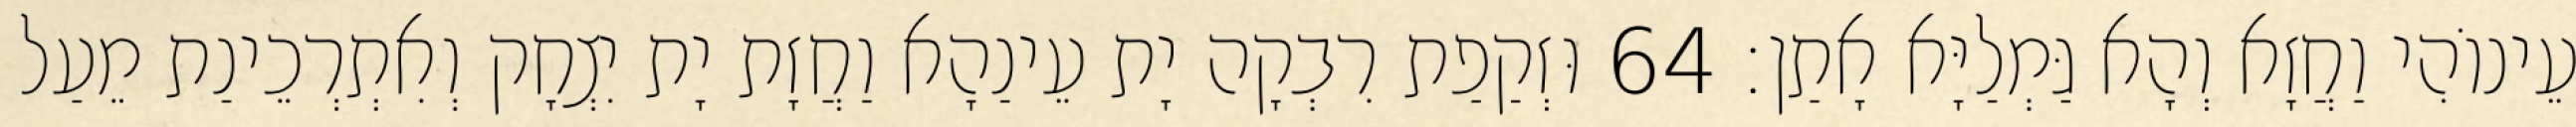
עֵינוֹהִי וַחֲזָא וְהָא גַּמְלַיָּא אָתַן׃ 64 וּזְקַפַת רִבְקָה יָת עֵינַהָא וַחֲזָת יָת יִצְחָק וְאִתְרְכֵינַת מֵעַל